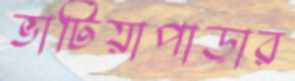
ভাটিয়াপাড়ার